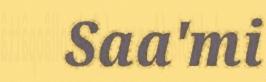
Saa'mi